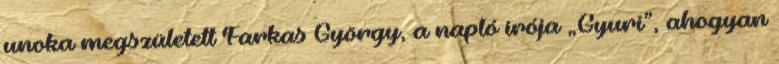
unoka megszületett Farkas György, a napló írója „Gyuri”, ahogyan